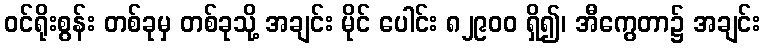
ဝင်ရိုးစွန်း တစ်ခုမှ တစ်ခုသို့ အချင်း မိုင် ပေါင်း ၈၂၉၀၀ ရှိ၍၊ အီကွေတာ၌ အချင်း